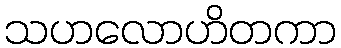
သဟလောဟိတကာ